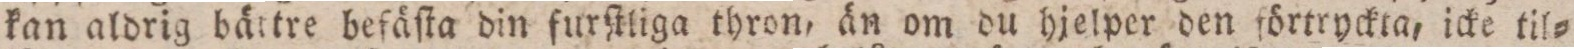
kan aldrig bättre befäſta din furſtliga thron, än om du hjelper den förtryckta, icke til=